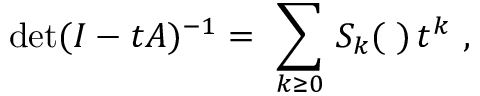
\mathrm { d e t } ( I - t A ) ^ { - 1 } = \ \sum _ { k \geq 0 } \, S _ { k } ( { \bf \alpha } ) \, t ^ { k } \ ,